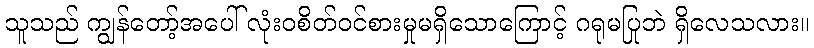
သူသည် ကျွန်တော့်အပေါ် လုံးဝစိတ်ဝင်စားမှုမရှိသောကြောင့် ဂရုမပြုဘဲ ရှိလေသလား။